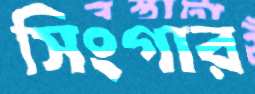
সিংগার